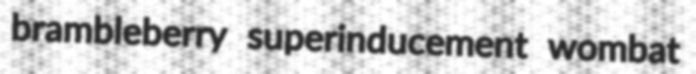
brambleberry superinducement wombat